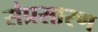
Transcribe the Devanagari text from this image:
संप्रसारण